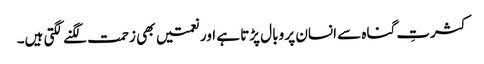
کثرتِ گناہ سے انسان پر وبال پڑتا ہے اور نعمتیں بھی زحمت لگنے لگتی ہیں۔